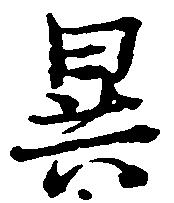
異